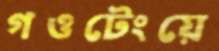
গওটেংয়ে